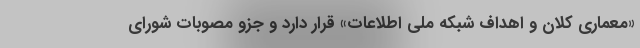
«معماری کلان و اهداف شبکه ملی اطلاعات» قرار دارد و جزو مصوبات شورای